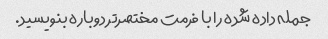
جمله داده شده را با فرمت مختصرتر دوباره بنویسید.